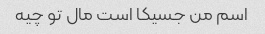
اسم من جسیکا است مال تو چیه